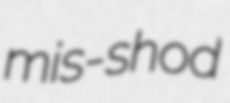
mis-shod